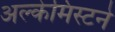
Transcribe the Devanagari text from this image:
अल्केमिस्टने